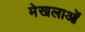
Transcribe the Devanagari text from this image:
मेखलाओं